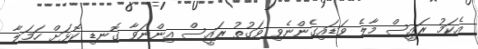
އެކަމު ރައީސް މާލެ ވަޑައިގެންނެވި ވަގުތު ރައީސް އިންނަވާ ގޮނޑި ކޮޅަށް ހަމަލާ